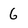
Character: 6